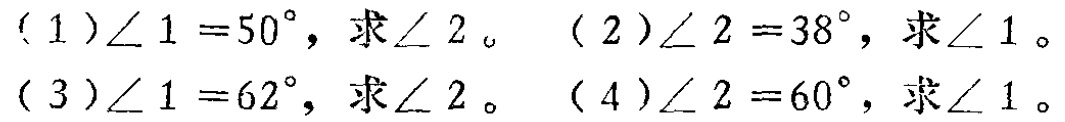
（1）$\angle 1 = 50^{\circ}$，求$\angle 2$。 （2）$\angle 2 = 38^{\circ}$，求$\angle 1$。
（3）$\angle 1 = 62^{\circ}$，求$\angle 2$。 （4）$\angle 2 = 60^{\circ}$，求$\angle 1$。